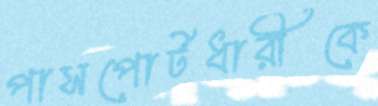
পাসপোর্টধারীকে